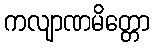
ကလျာဏမိတ္တော